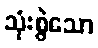
သုံးစွဲသော